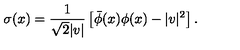
\sigma ( x ) = \frac { 1 } { \sqrt { 2 } | v | } \left[ \bar { \phi } ( x ) \phi ( x ) - | v | ^ { 2 } \right] .